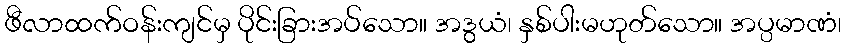
ဖီလာထက်ဝန်းကျင်မှ ပိုင်းခြားအပ်သော။ အဒွယံ၊ နှစ်ပါးမဟုတ်သော။ အပ္ပမာဏံ၊